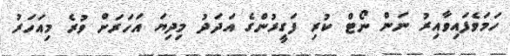
ހަމަވެފައިވާއިރު ނަން ނޯޓް ކުރި ފަގީރުންގެ އަދަދު މިދިޔަ އަހަރަށް ވުރެ މިއަހަރު